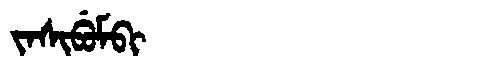
Manchu: ᠵᠠᠰᡳᠪᡠᠮᠪᡳ
Romanization: JASIBUMBI